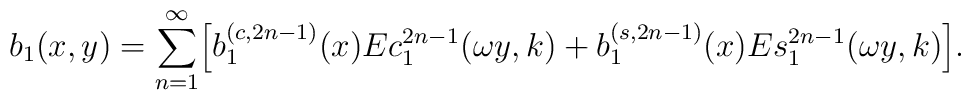
b_1(x,y)=\sum_{n=1}^{\infty}\Bigl[b_1^{(c,2n-1)}(x)Ec_1^{2n-1}(\omega y,k)+b_1^{(s,2n-1)}(x)Es_1^{2n-1}(\omega y,k)\Bigr].